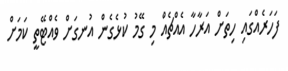
ފަހަރެއްގައި ހިތަށް އަރާހާ އެއްޗެއް މި ގޭމު ކުޅެގެން އުނގަށް ވެއްޓޭތީ ކަމަށް